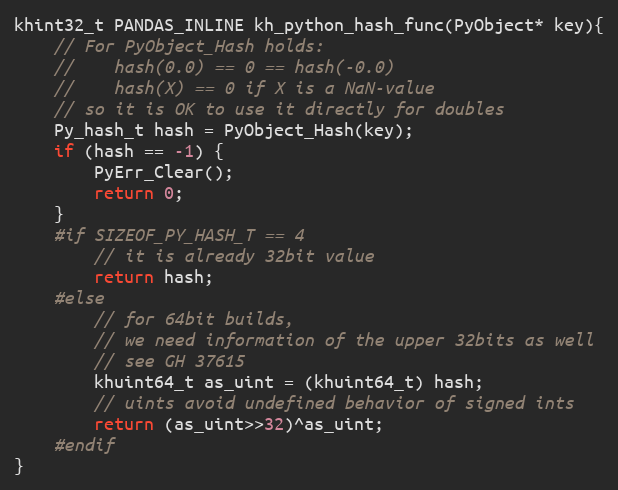
Language: C
khint32_t PANDAS_INLINE kh_python_hash_func(PyObject* key){
    // For PyObject_Hash holds:
    //    hash(0.0) == 0 == hash(-0.0)
    //    hash(X) == 0 if X is a NaN-value
    // so it is OK to use it directly for doubles
    Py_hash_t hash = PyObject_Hash(key);
	if (hash == -1) {
		PyErr_Clear();
		return 0;
	}
    #if SIZEOF_PY_HASH_T == 4
        // it is already 32bit value
        return hash;
    #else
        // for 64bit builds,
        // we need information of the upper 32bits as well
        // see GH 37615
        khuint64_t as_uint = (khuint64_t) hash;
        // uints avoid undefined behavior of signed ints
        return (as_uint>>32)^as_uint;
    #endif
}